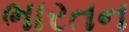
ભારતન